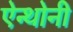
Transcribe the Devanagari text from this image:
ऐन्थोनी